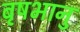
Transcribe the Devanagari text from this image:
बृषभानु